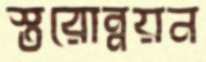
স্তরোন্নয়ন